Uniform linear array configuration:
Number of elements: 32
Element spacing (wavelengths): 0.25
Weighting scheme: binomial
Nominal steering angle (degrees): -30
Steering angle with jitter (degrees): -30.845
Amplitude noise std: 0.05
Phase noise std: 0.05

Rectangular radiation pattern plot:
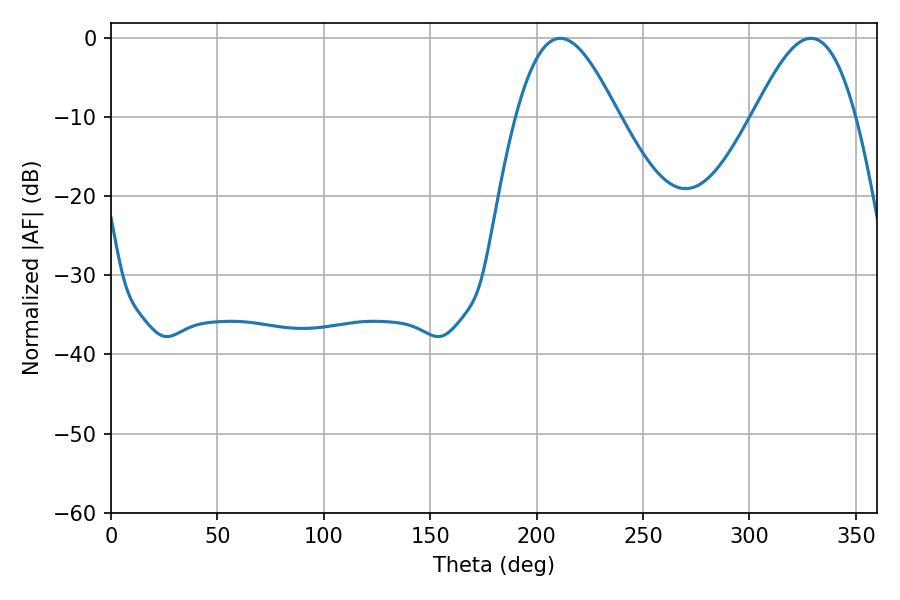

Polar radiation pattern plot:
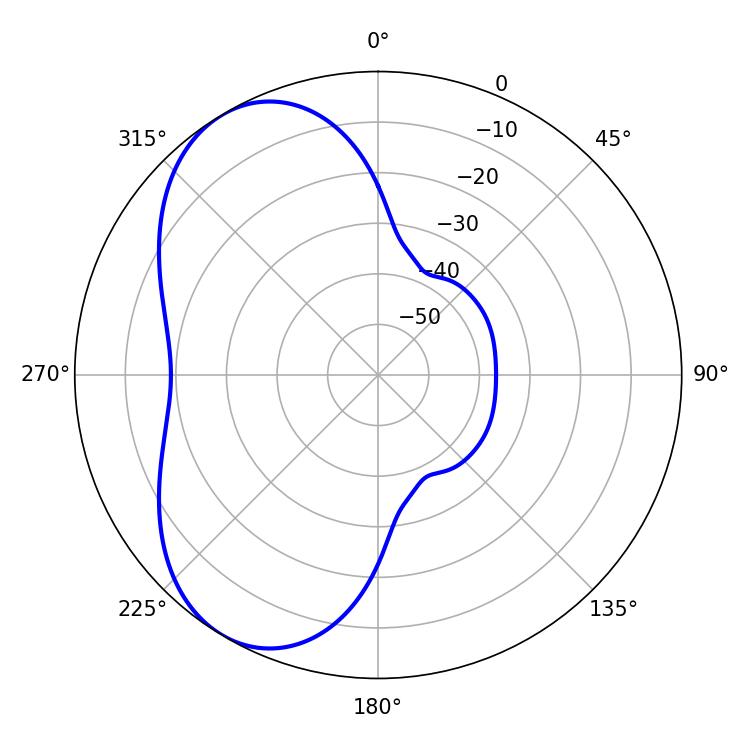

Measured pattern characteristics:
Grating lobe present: FALSE
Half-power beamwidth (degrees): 25.74
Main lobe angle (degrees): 211.14